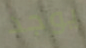
يوجد